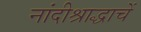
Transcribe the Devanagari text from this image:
नांदीश्राद्धाचें